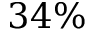
3 4 \%